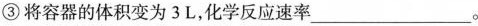
③将容器的体积变为3L，化学反应速率____。